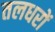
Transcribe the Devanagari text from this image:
तलधरों